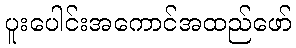
ပူးပေါင်းအကောင်အထည်ဖော်